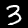
Label: 3